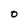
Character: O